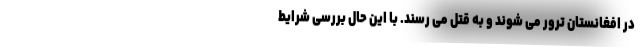
در افغانستان ترور می شوند و به قتل می رسند. با این حال بررسی شرایط